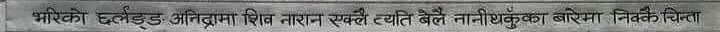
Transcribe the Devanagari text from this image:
भरिको हत्लड् अनिद्रमा शिन मारान एस्ते व्यति लेले नाँनीधिकुका बारिमा निर्वचिना